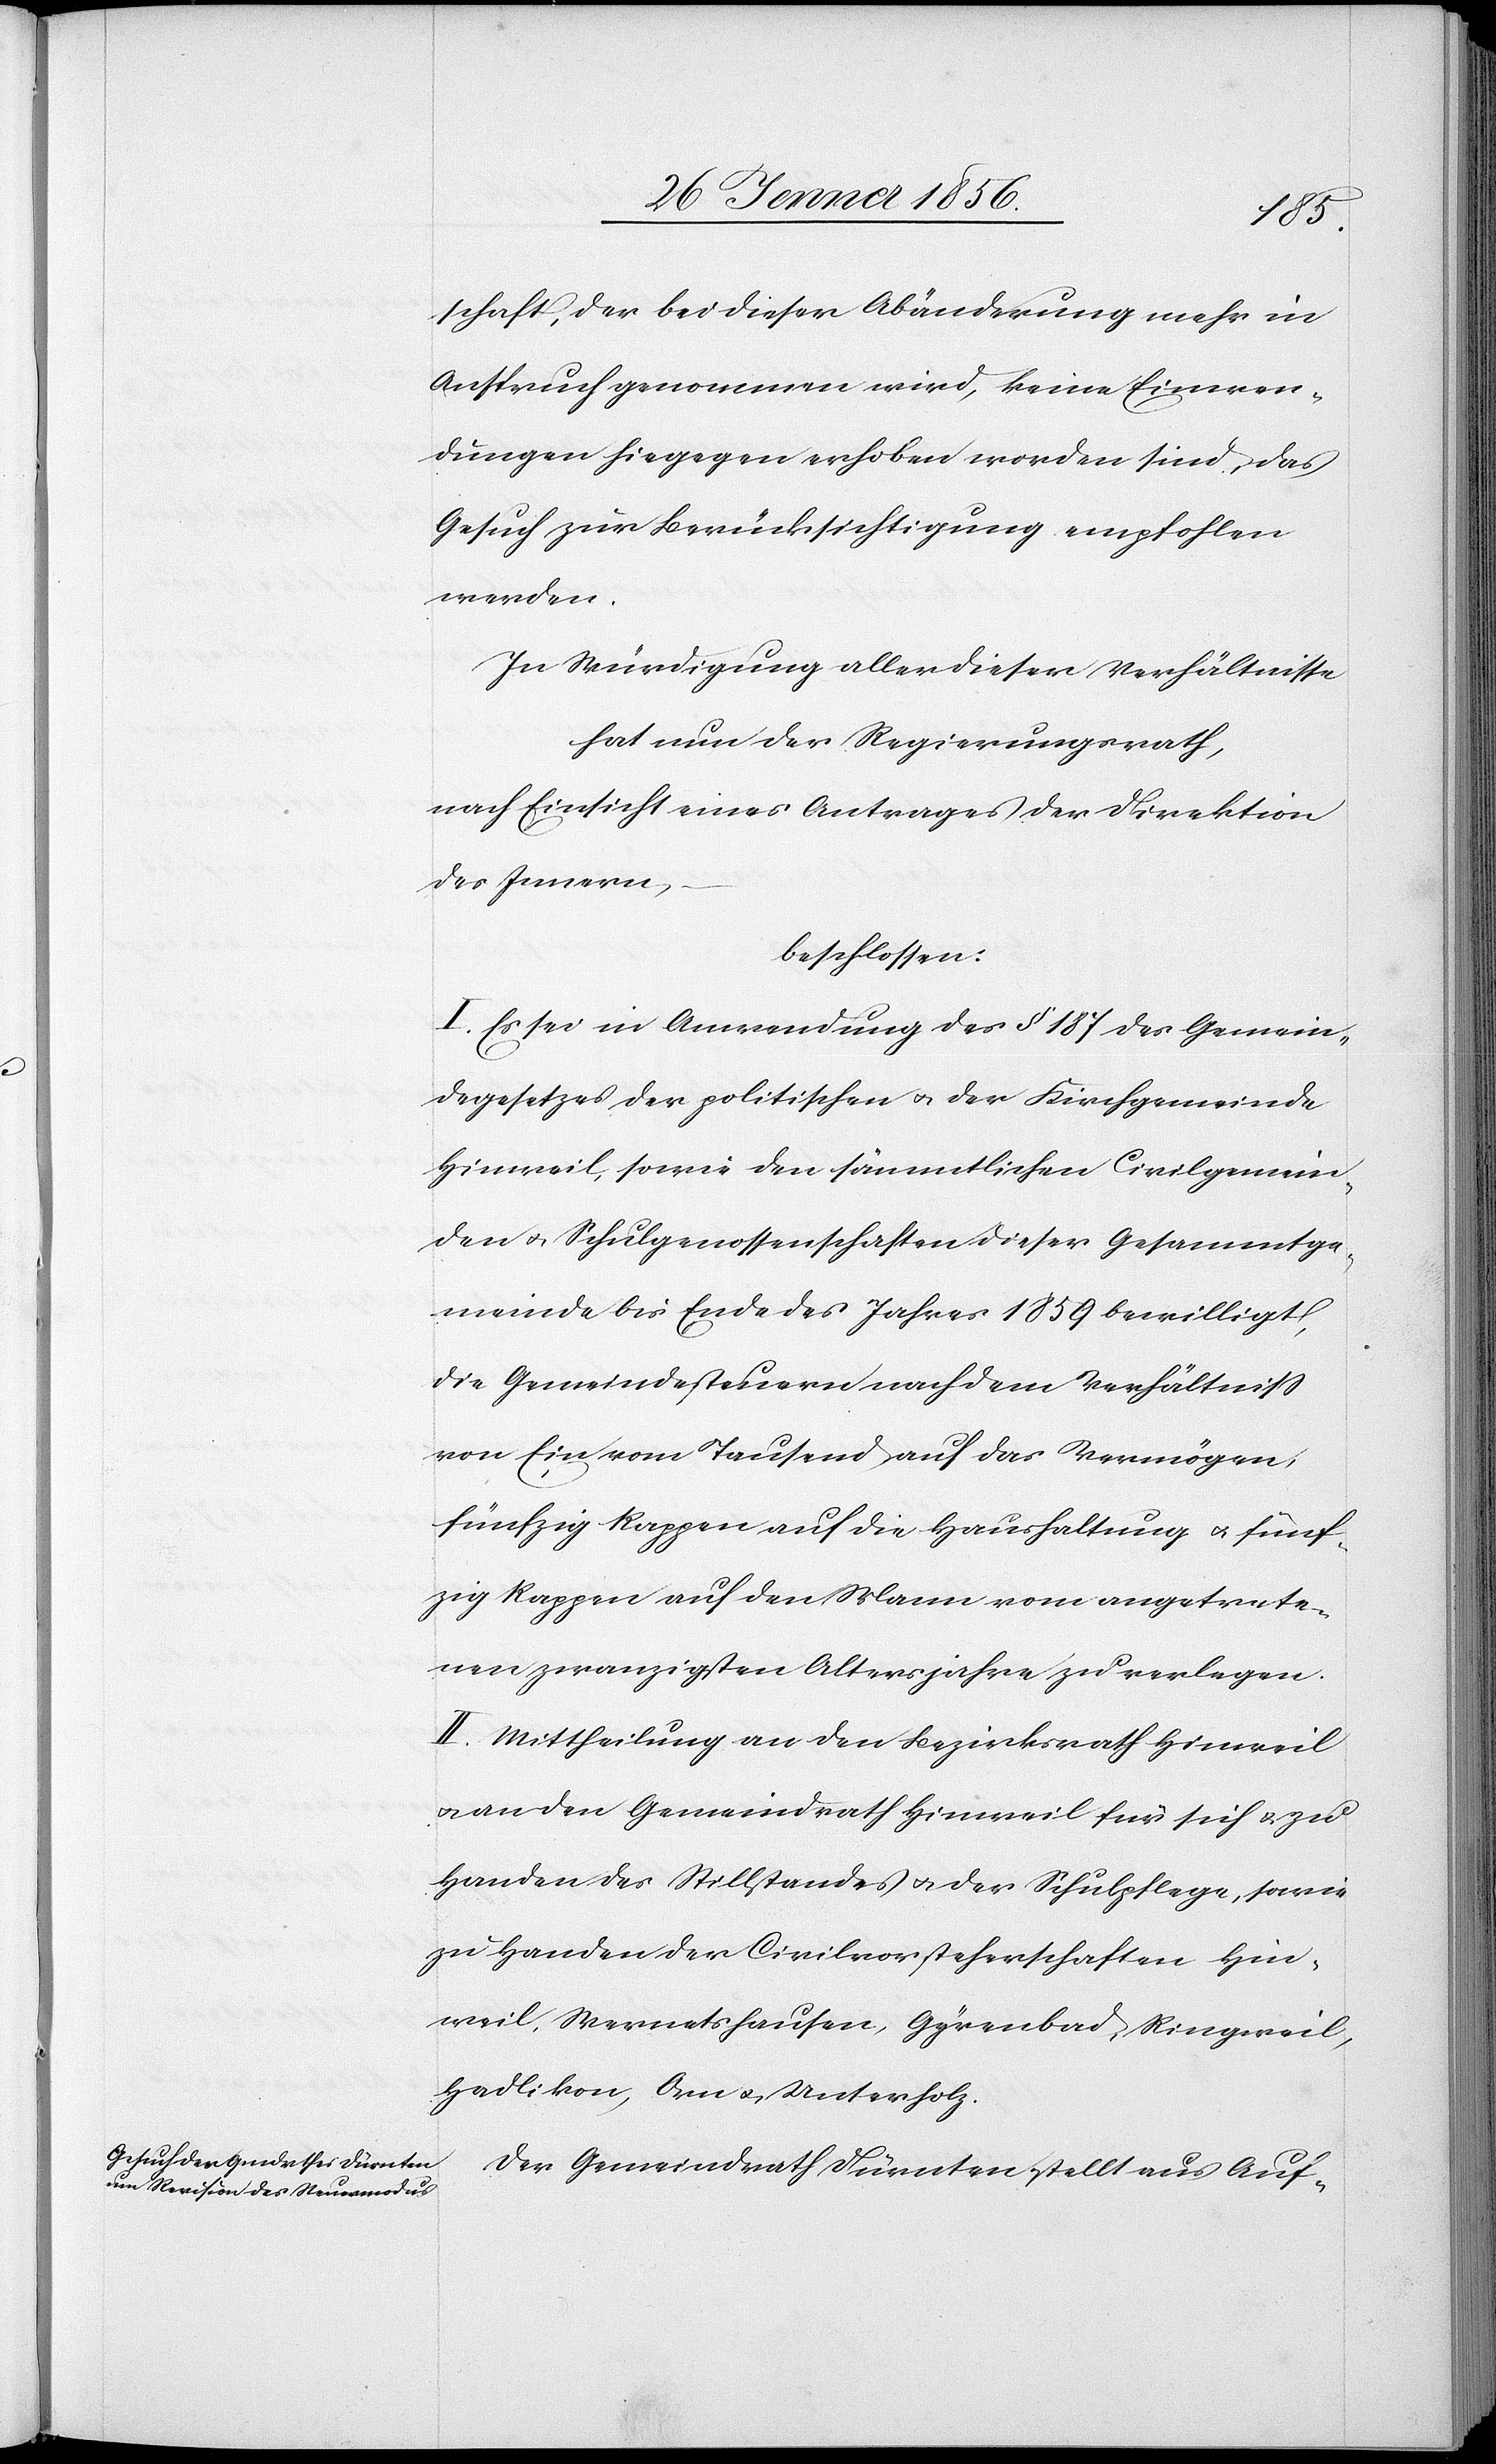
schaft, der bei dieser Abänderung mehr in
Anspruch genommen wird, keine Einwen¬
dungen hiegegen erhoben worden sind, das
Gesuch zur Berücksichtigung empfohlen
werden.
In Würdigung aller dieser Verhältnisse
hat nun der Regierungsrath,
nach Einsicht eines Antrages der Direktion
des Innern,
beschlossen:
I. Es sei in Anwendung des § 187 des Gemein¬
degesetzes der politischen u. der Kirchgemeinde
Hinweil, sowie den sämmtlichen Civilgemein¬
den u. Schulgenossenschaften dieser Gesammtge¬
meinde bis Ende des Jahres 1859 bewilligt,
die Gemeindesteuern nach dem Verhältniß
von Ein vom Tausend auf das Vermögen,
fünfzig Rappen auf die Haushaltung u. fünf¬
zig Rappen auf den Mann vom angetrete¬
nen zwanzigsten Altersjahre zu verlegen.
II. Mittheilung an den Bezirksrath Hinweil
u. an den Gemeindrath Hinweil für sich u. zu
Handen des Stillstandes u. der Schulpflege, sowie
zu Handen der Civilvorsteherschaften Hin¬
weil, Wernetshausen, Gyrenbad, Ringweil,
Hadlikon, Orn u. Unterholz.
Der Gemeindrath Dürnten stellt aus Auf-